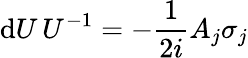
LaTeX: \mathrm{d}U\, U^{-1}=-{\frac{{1}}{{2i}}}A_{j}\sigma_{j}